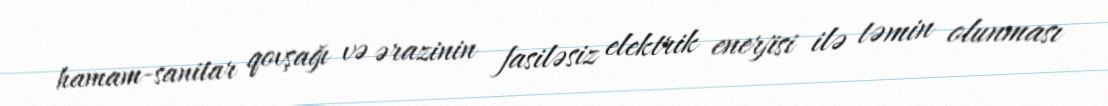
hamam-sanitar qovşağı və ərazinin fasiləsiz elektrik enerjisi ilə təmin olunması